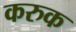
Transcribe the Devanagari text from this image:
करुक